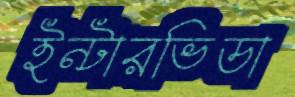
ইন্টারভিডা